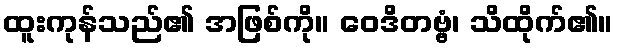
ထူးကုန်သည်၏ အဖြစ်ကို။ ဝေဒိတဗ္ဗံ၊ သိထိုက်၏။